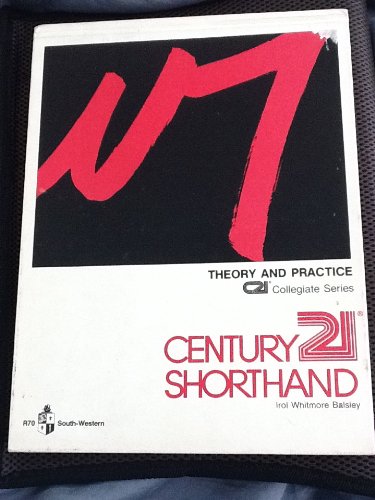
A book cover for Century 21 Shorthand: Book I; Edward L. Christensen; Business & Money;